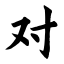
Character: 对